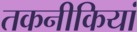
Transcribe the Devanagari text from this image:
तकनीकियां